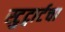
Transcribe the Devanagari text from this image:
स्टुट्गार्टचा